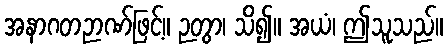
အနာဂတဉာဏ်ဖြင့်။ ဉတွာ၊ သိ၍။ အယံ၊ ဤသူသည်။